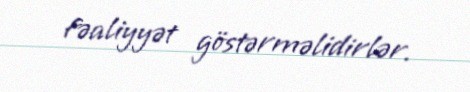
fəaliyyət göstərməlidirlər.